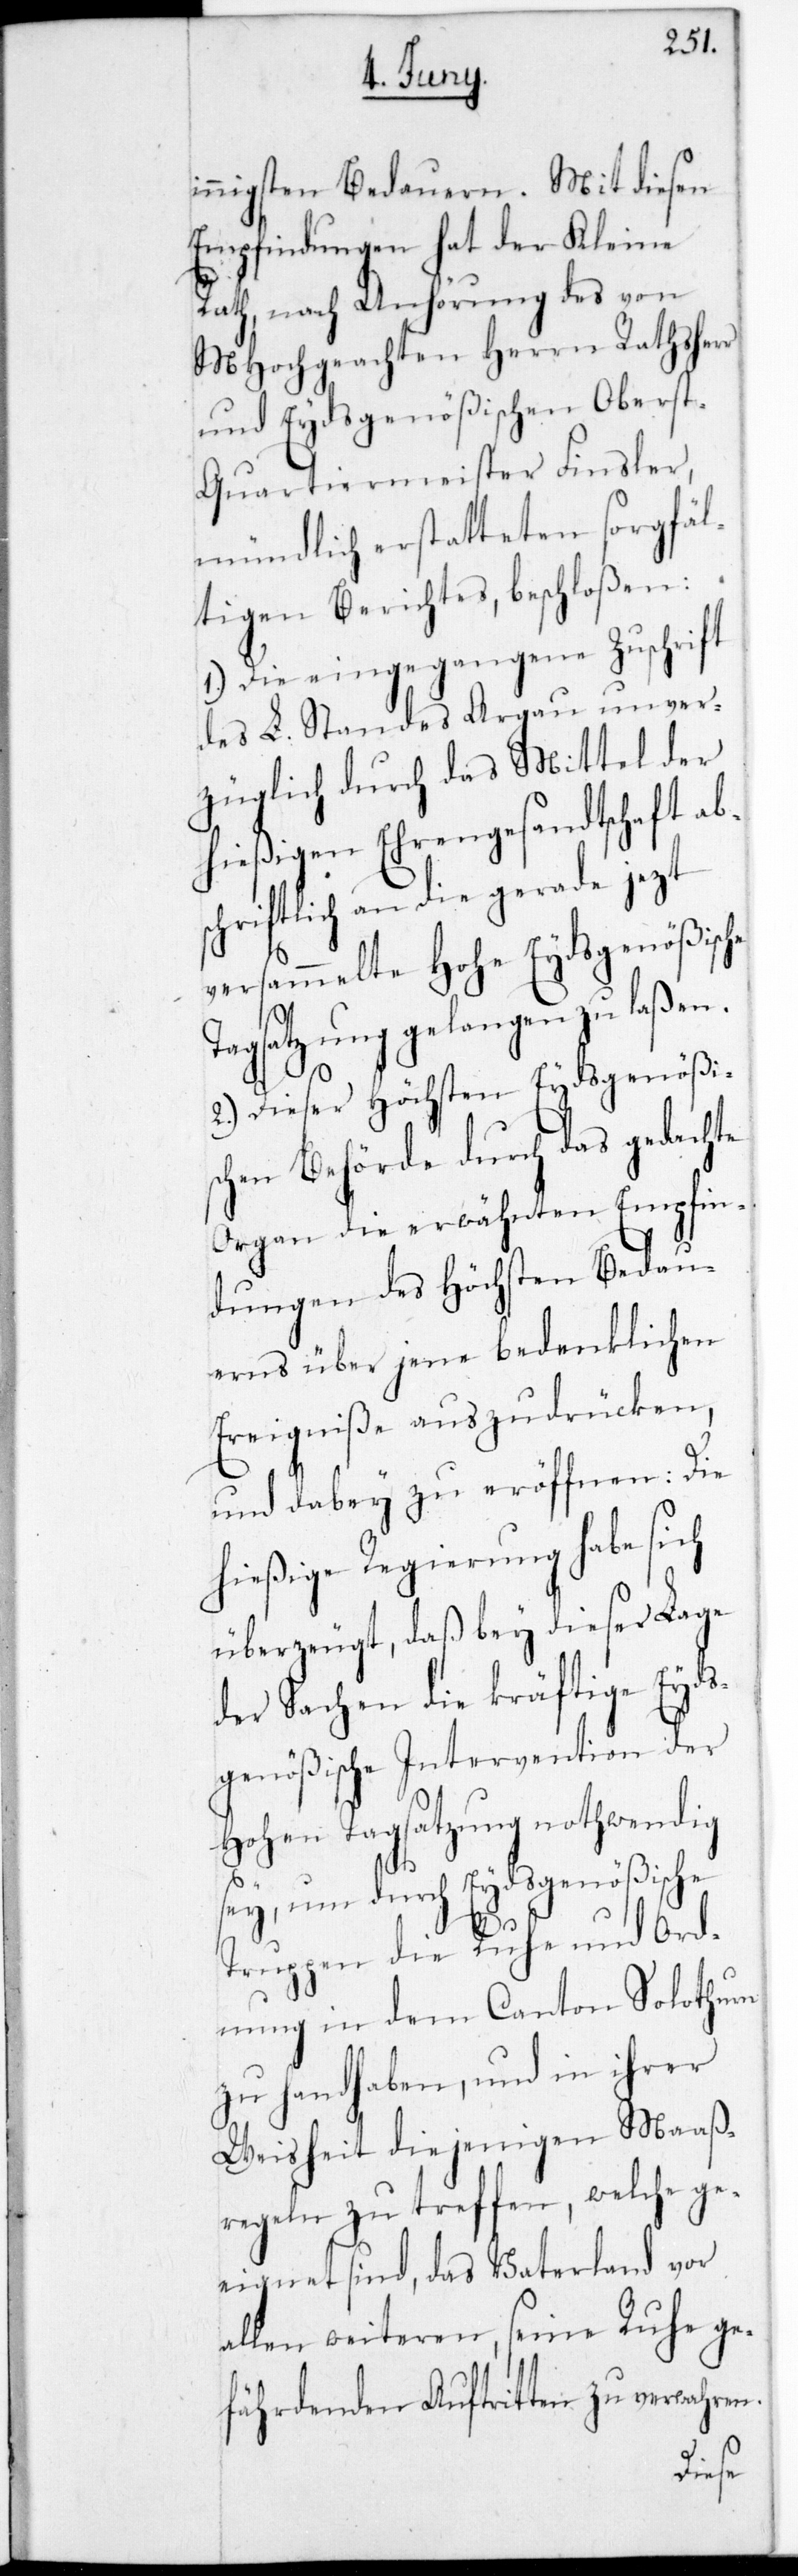
n.
innigsten Bedauern. Mit diesen
Empfindungen hat der Kleine
Rath, nach Anhörung des von
MHochgeachten Herrn Rathsherr
und Eydsgenößischen Obers¬
t-Quartiermeister Finsler,
mündlich erstatteten sorgfäl¬
tigen Berichtes, beschloßen:
1.) Die eingegangene Zuschrift
des L. Standes Argau unver¬
züglich durch das Mittel der
hießigen Ehrengesandtschaft ab¬
schriftlich an die gerade jetzt
versammelte Hohe Eydsgenößische
Tagsatzung gelangen zu laßen.
2.) Dieser Höchsten Eydsgenößis¬
chen Behörde durch das gedachte
Organ die erwähnten Empfin¬
dungen des Höchsten Bedau¬
erns über jene bedenklichen
Ereigniße auszudrücken,
und dabey zu eröffnen: Die
hießige Regierung habe sich
überzeugt, daß bey dieser Lage
der Sachen die kräftige Eyds¬
genößische Intervention der
Hohen Tagsatzung nothwendig
sey, um durch Eydsgenößische
Truppen die Ruhe und Ord¬
nung in dem Canton Solothurn
zu handhaben, und in ihrer
Weisheit diejenigen Maaß¬
regeln zu treffen, welche ge¬
eignet sind, das Vaterland vor
allen weiteren, seine Ruhe ge¬
fährdenden Auftritten zu verwahre¬